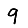
Digit: 9